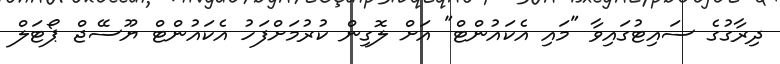
ދިރާގުގެ ސައިޓުގައިވާ "މައި އެކައުންޓް" އަށް ލޮގިން ކުރުމަށްފަހު އެކައުންޓް ޔޫސޭޖް ޕޯޓަލް